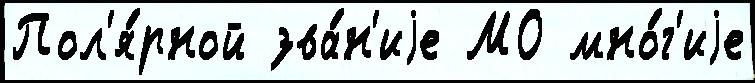
Пол'я́рной зва́н'иjе МО мно́г'иjе